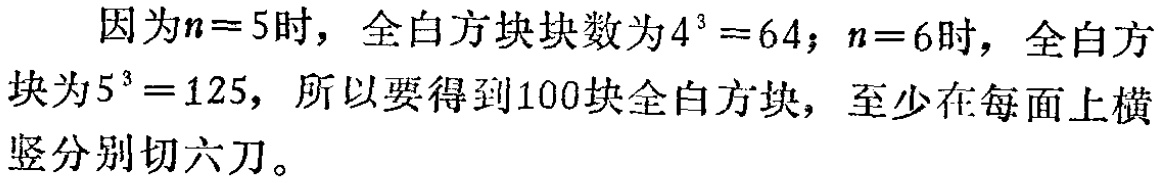
因为\(n = 5\)时，全白方块块数为\(4^{3}=64\)；\(n = 6\)时，全白方块为\(5^{3}=125\)，所以要得到\(100\)块全白方块，至少在每面上横竖分别切六刀。